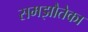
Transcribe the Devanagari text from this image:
समझौतेका